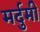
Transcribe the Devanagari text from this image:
मर्दुमी